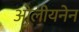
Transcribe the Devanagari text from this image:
ओलीयनेन